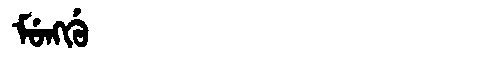
Manchu: ᠮᡠᠩᡤᡠ
Romanization: MUNGGU